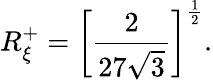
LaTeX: R_{\xi}^{+}=\left[\frac{2}{27\sqrt{3}}\right]^{\frac{1}{2}}.